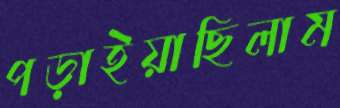
পড়াইয়াছিলাম